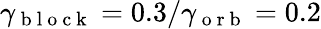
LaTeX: \gamma_{\mathrm{~b~l~o~c~k~}}=0.3/\gamma_{\mathrm{~o~r~b~}}=0.2